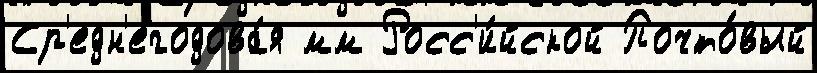
Ср'едн'егодова́я мм Росс'и́йской Почто́вый